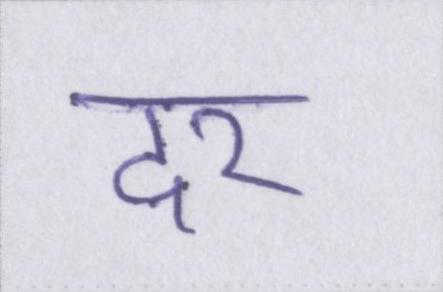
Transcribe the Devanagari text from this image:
दर